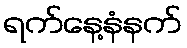
ရက်နေ့နံနက်